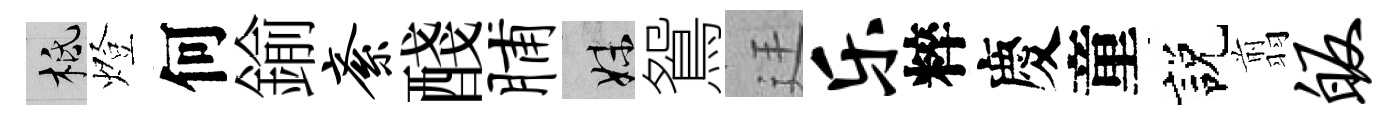
柢燈何鍮紊醆脯妹鴛廷乐粹慶童説翦皈